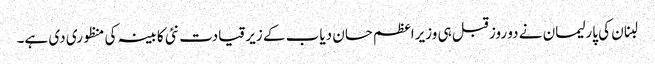
لبنان کی پارلیمان نے دو روز قبل ہی وزیراعظم حسان دیاب کے زیر قیادت نئی کابینہ کی منظوری دی ہے۔